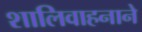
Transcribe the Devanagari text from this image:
शालिवाहनाने